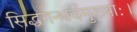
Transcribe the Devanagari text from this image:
सिद्धगन्धर्वमुख्याः।